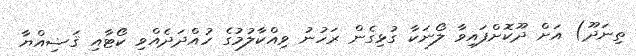
ތިނަދޫ) އަށް ދޫކޮށްފައިވާ ލޯނަކާ ގުޅިގެން ރަހުނު ވިއްކާލުމުގެ ހުއްދަދެއްވި ކޯޓާއި ޤަޟިއްޔާ